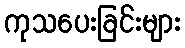
ကုသပေးခြင်းများ